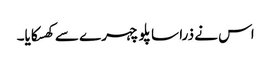
اس نے ذرا سا پلو چہرے سے کھسکایا۔